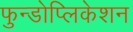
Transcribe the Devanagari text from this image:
फुन्डोप्लिकेशन